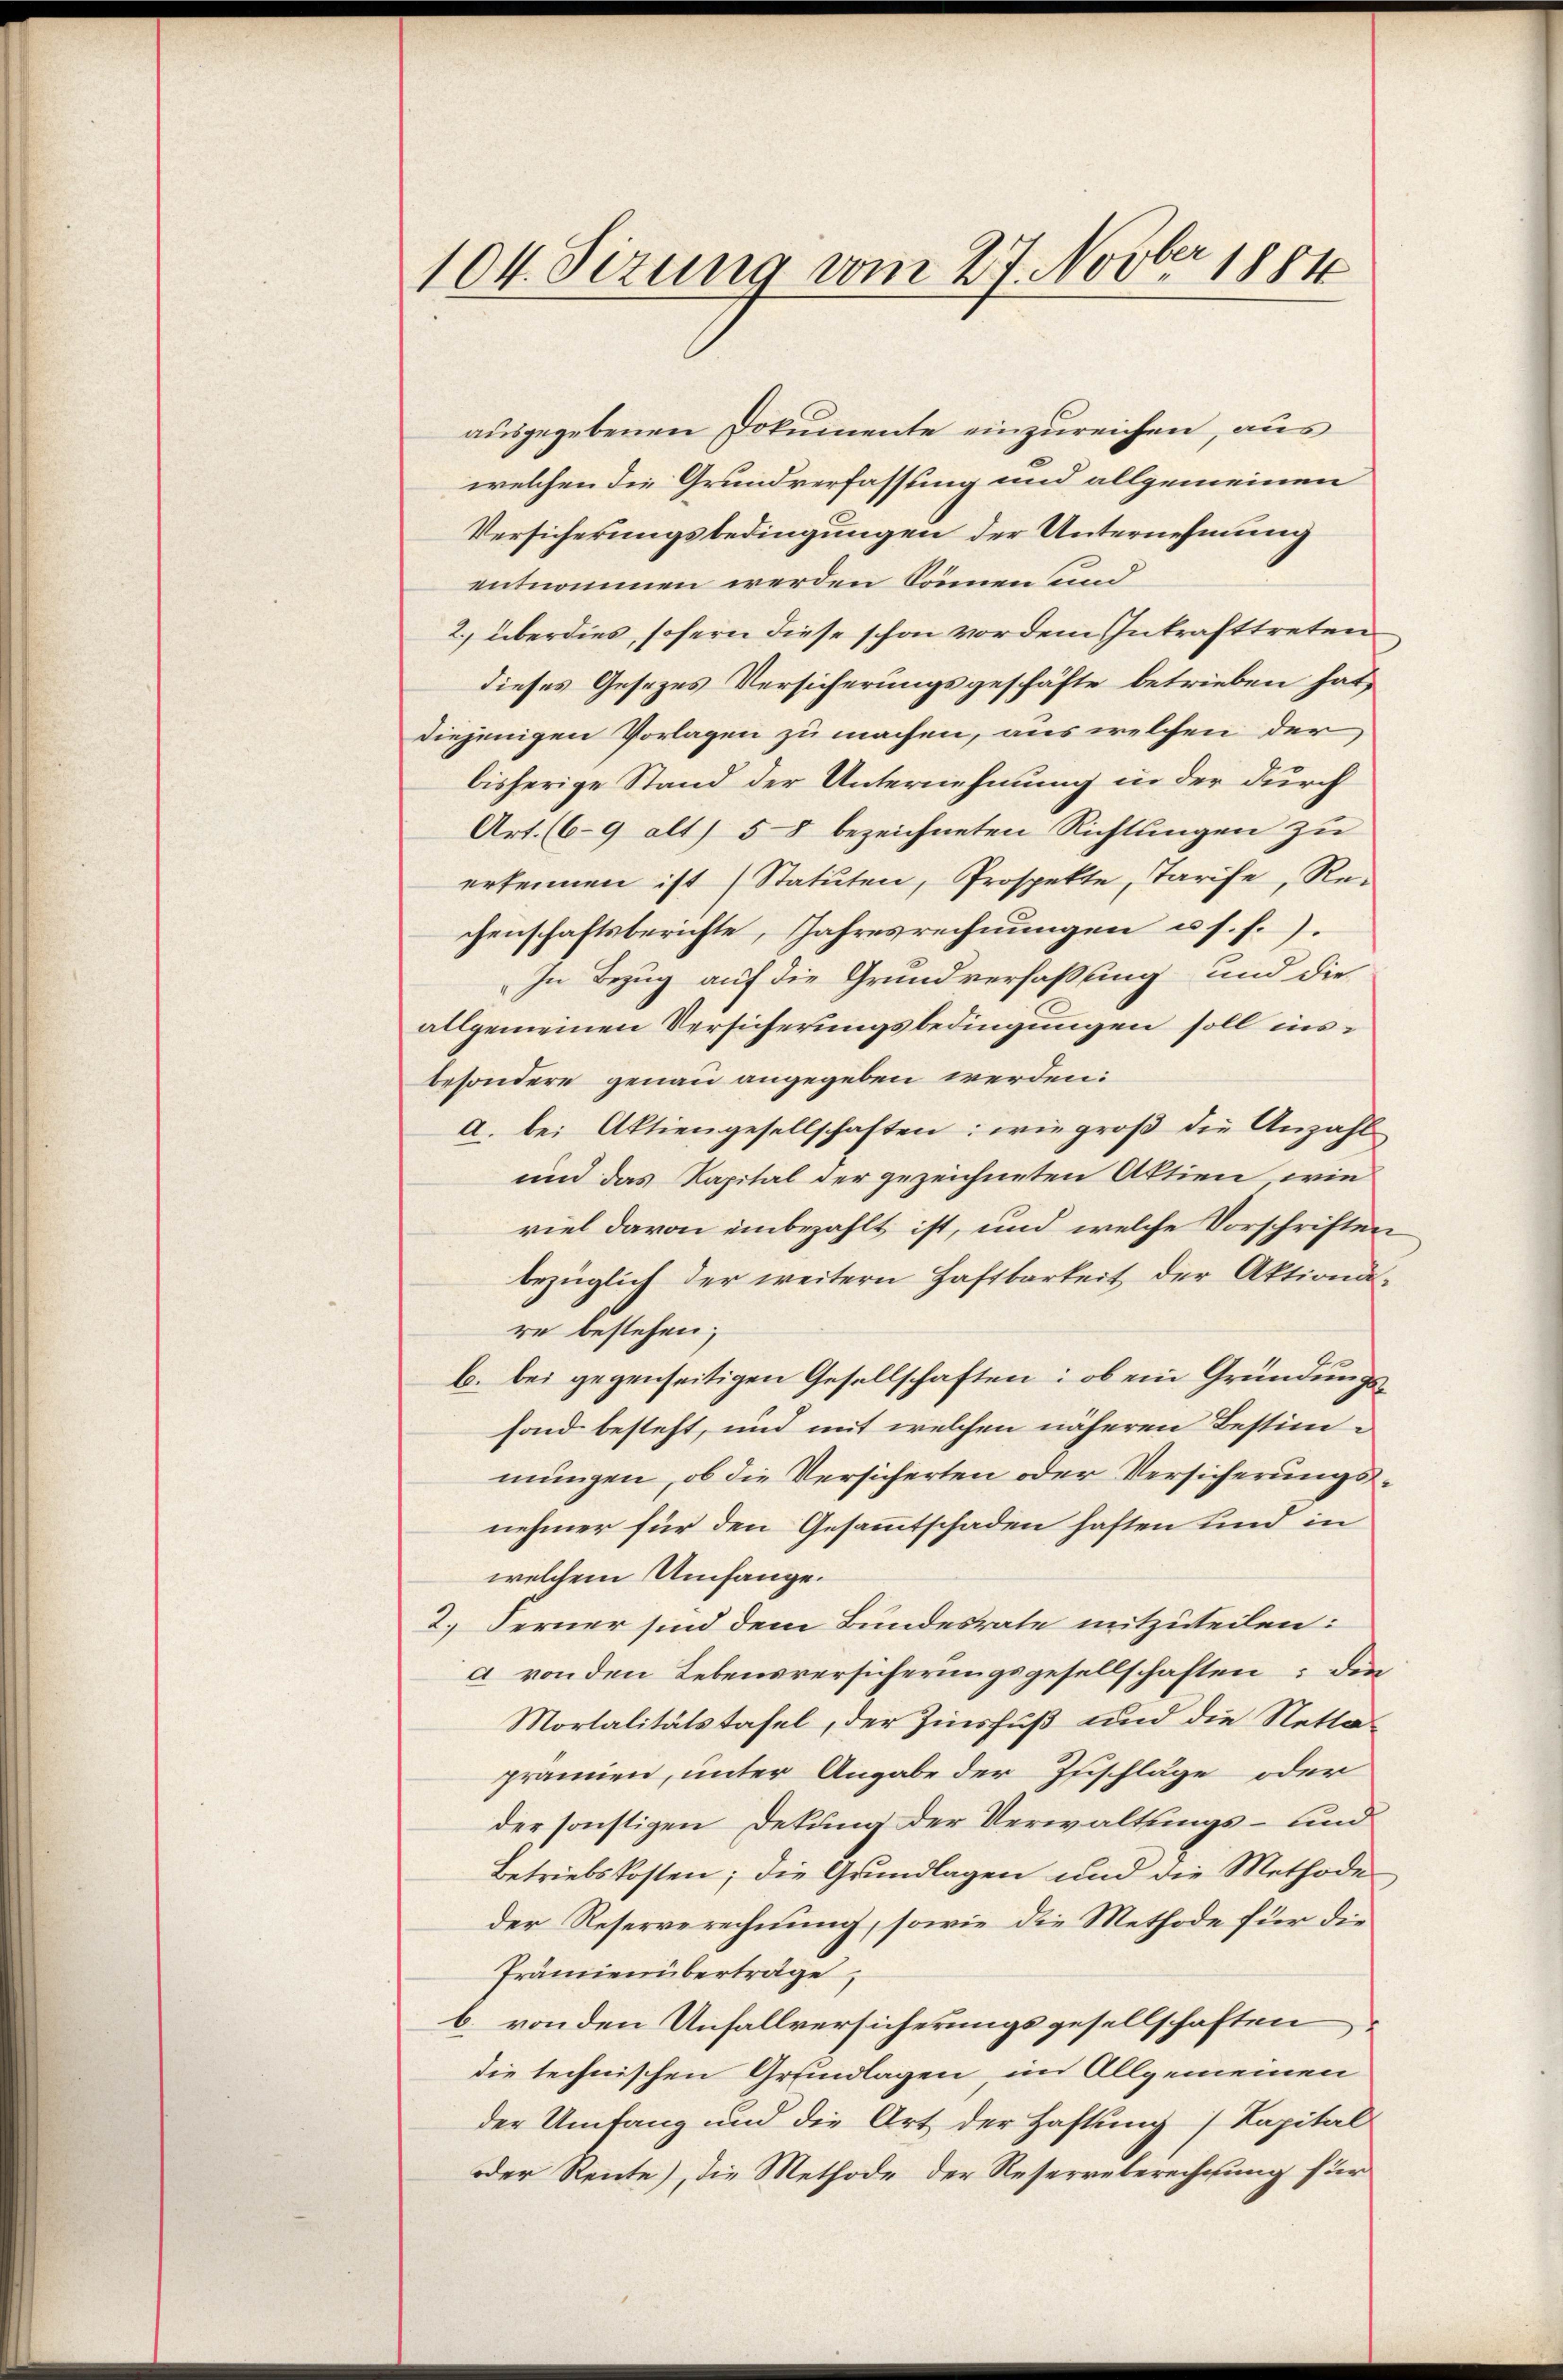
104. Sizung vom 27. Novber 1884

ausgegebenen Dokumente einzureichen, aus
welchen die Grundverfassung und allgemeinen
Versicherungsbedingungen der Unternehmung
entnommen werden können und
2. überdies, sofern diese schon vor dem Inkrafttreten
dieses Gesezes Versicherungsgeschäfte betrieben hat,
diejenigen Vorlagen zu machen, aus welchen der
bisherige Stand der Unternehmung in der durch
Art. (69 alt) 58 bezeichneten Richtungen zu
erkennen ist (Statuten, Prospekte, Tarife, Re-
chenschaftsberichte, Jahresrechnungen u. s. f.).
In Bezug auf die Grundverfassung und die
allgemeinen Versicherungsbedingungen soll insbesondere genau angegeben werden:
a. bei Aktiengesellschaften: wie groß die Anzahl
und das Kapital der gezeichneten Aktien wie
viel davon einbezahlt ist, und welche Vorschriften
bezüglich der weitern Haftbarkeit der Aktionare bestehen;
b. bei gegenseitigen Gesellschaften: ob ein Gründungsfond besteht, und mit welchen näheren Bestimmungen, ob die Versicherten oder Versicherungsnehmer für den Gesammtschaden haften und in
welchem Umfange.
2.) Ferner sind dem Bundesrate mitzuteilen:
a von den Lebensversicherungsgesellschaften: der
Mortalitätstafel, der Zinsfuß und die Nettaprämien, unter Angabe der Zuschläge oder
der sonstigen Dekung der Verwaltungs- und
Betriebskosten; die Grundlagen und die Methode
der Reserverechnung, sowie die Methode für die
Prämien überträge,
b. von den Unfallversicherungsgesellschaften
die technischen Grundlagen, im Allgemeinen
der Umfang und die Art der Haftung / Kapital
oder Rente), die Methode der Reserreberechnung für